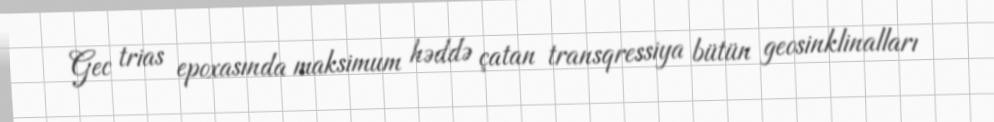
Gec trias epoxasında maksimum həddə çatan transqressiya bütün geosinklinalları